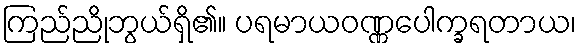
ကြည်ညိုဘွယ်ရှိ၏။ ပရမာယဝဏ္ဏပေါက္ခရတာယ၊